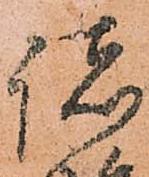
諸